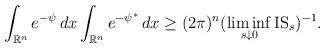
LaTeX: \begin{align*}\int_{\mathbb{R}^n} e^{-\psi}\, dx \int_{\mathbb{R}^n} e^{-\psi^*}\, dx \ge (2\pi)^n (\liminf_{s\downarrow0} {\rm IS}_s)^{-1}.\end{align*}